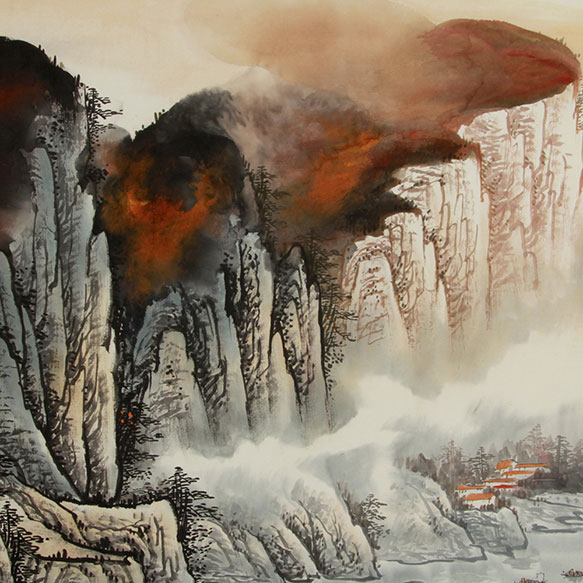
天与三台座，人当万里城。